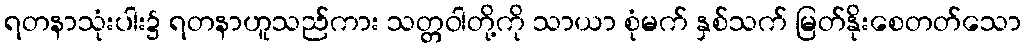
ရတနာသုံးပါး၌ ရတနာဟူသည်ကား သတ္တဝါတို့ကို သာယာ စုံမက် နှစ်သက် မြတ်နိုးစေတတ်သော